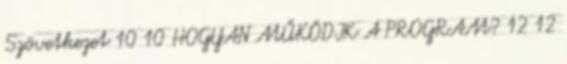
Szövetkezet 10 10 HOGYAN MŰKÖDIK A PROGRAM? 12 12